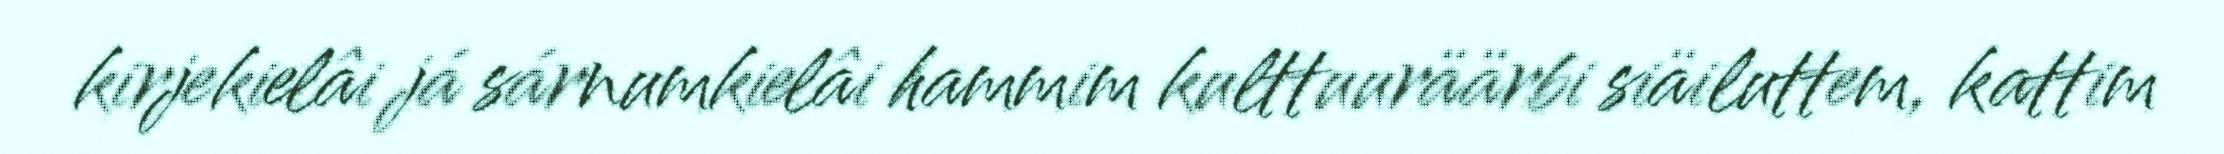
kirjekielâi já sárnumkielâi hammim kulttuuräärbi siäiluttem, kattim